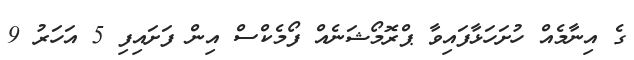
ގެ އިނާމެއް ހުށަހަޅާފައިވާ ޕްރޮމޯޝަނެއް ފޯމެކްސް އިން ފަށައިފި 5 އަހަރު 9